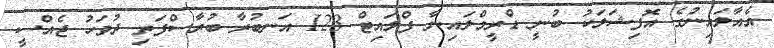
އެއާލައިނުގެ އޮފިޝަލަކު ބުނީ ޑްރީމްލައިނާ ފްލައިޓް 123 އަނބުރާ ބުރާސްފަތި ދުވަހު ޖެއްސީ